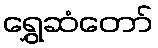
ရွှေဆံတော်